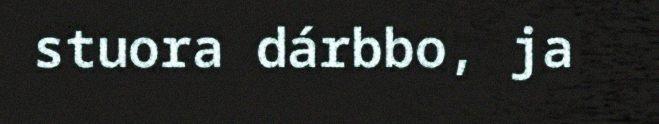
stuora dárbbo, ja